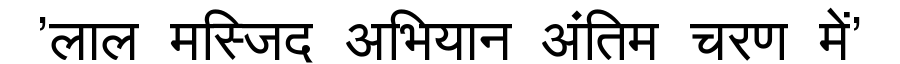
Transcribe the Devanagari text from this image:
'लाल मस्जिद अभियान अंतिम चरण में'